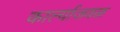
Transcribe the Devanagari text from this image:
कार्ल्याजवळ